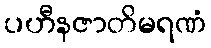
ပဟီနဇာတိမရဏံ